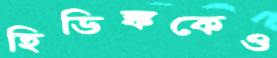
হিডিঙ্ককেও